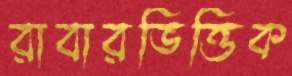
রাবারভিত্তিক